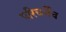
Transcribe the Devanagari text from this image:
परिचर्चेच